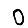
Digit: 0